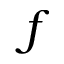
f